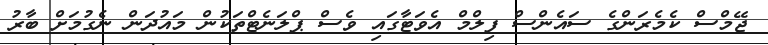
ޖޭމްސް ކެމެރަންގެ ސައެންސް ފިލްމް އެވަޓާގައި ވެސް ޕްލަނެޓްތަކުން މައުދަން ނެގުމަށް ބާރު